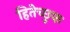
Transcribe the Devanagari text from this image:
हितेच्छुक